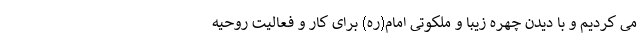
می کردیم و با دیدن چهره زیبا و ملکوتی امام(ره) برای کار و فعالیت روحیه